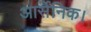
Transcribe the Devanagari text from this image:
आर्सेनिक।